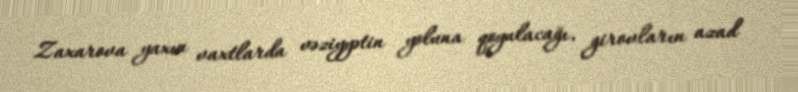
Zaxarova yaxın vaxtlarda vəziyyətin yoluna qoyulacağı, girovların azad